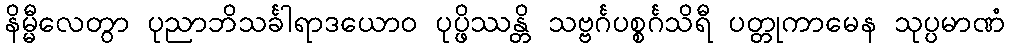
နိမ္မီလေတွာ ပုညာဘိသင်္ခါရာဒယောဝ ပုပ္ဖိဿန္တိ သဗ္ဗင်္ဂပစ္စင်္ဂသိရီ ပတ္တုကာမေန သုပ္ပမာဏံ